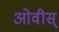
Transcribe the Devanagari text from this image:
ओवीस्